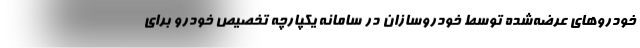
خودروهای عرضه‌شده توسط خودروسازان در سامانه یکپارچه تخصیص خودرو برای